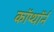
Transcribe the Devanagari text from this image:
कॉप्थॉर्न